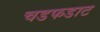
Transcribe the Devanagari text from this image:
चडफडाट